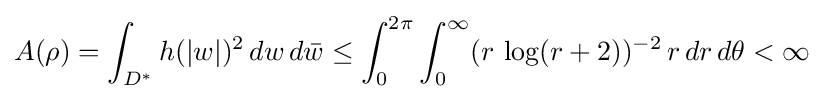
A(\rho )=\int _{D^{*}}h(|w|)^{2}\,dw\,d{\bar {w}}\leq \int _{0}^{2\pi }\int _{0}^{\infty }(r\,\log(r+2))^{-2}\,r\,dr\,d\theta <\infty